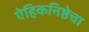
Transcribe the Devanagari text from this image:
ऐहिकनिष्ठेचा